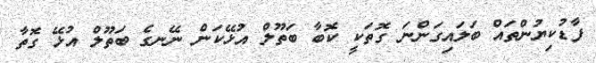
ފާޑުކިޔުންތައް ބަލައިގަންނަ ގޮތަކީ ކޮބާ ބަތޫލް އުޅޭކަން ނޭނގެ ބަތޫލް އުޅޭ ގޮތާ